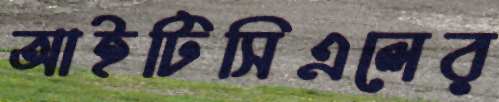
আইটিসিএলের